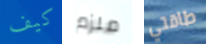
كيف ملزم طاقتي